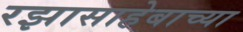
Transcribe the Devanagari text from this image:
रझासाहेबाच्या